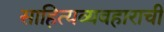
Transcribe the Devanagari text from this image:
साहित्यव्यवहाराची